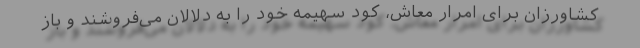
کشاورزان برای امرار معاش، کود سهیمه خود را به دلالان می‌فروشند و باز